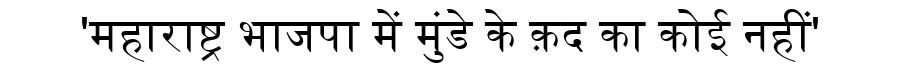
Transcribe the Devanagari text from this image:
'महाराष्ट्र भाजपा में मुंडे के क़द का कोई नहीं'